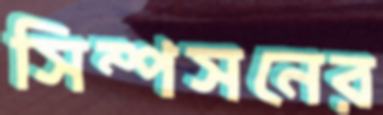
সিম্পসনের